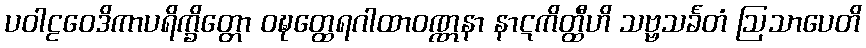
ပဝါဠဝေဒိကာပရိက္ခိတ္တော ဝဍ္ဎတ္ထေရဂါထာဝဏ္ဏနာ နာဋကိတ္ထီဟိ သဗ္ဗသင်္ခတံ ဩသာပေတိ